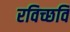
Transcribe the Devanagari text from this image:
रविच्छवि